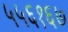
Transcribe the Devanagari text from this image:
५५६१६७